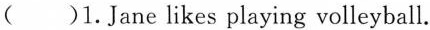
()1.Jane likes playing volleyball.